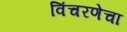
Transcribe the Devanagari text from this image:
विंचरणेचा